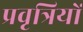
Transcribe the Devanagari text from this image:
प्रवृत्रियों